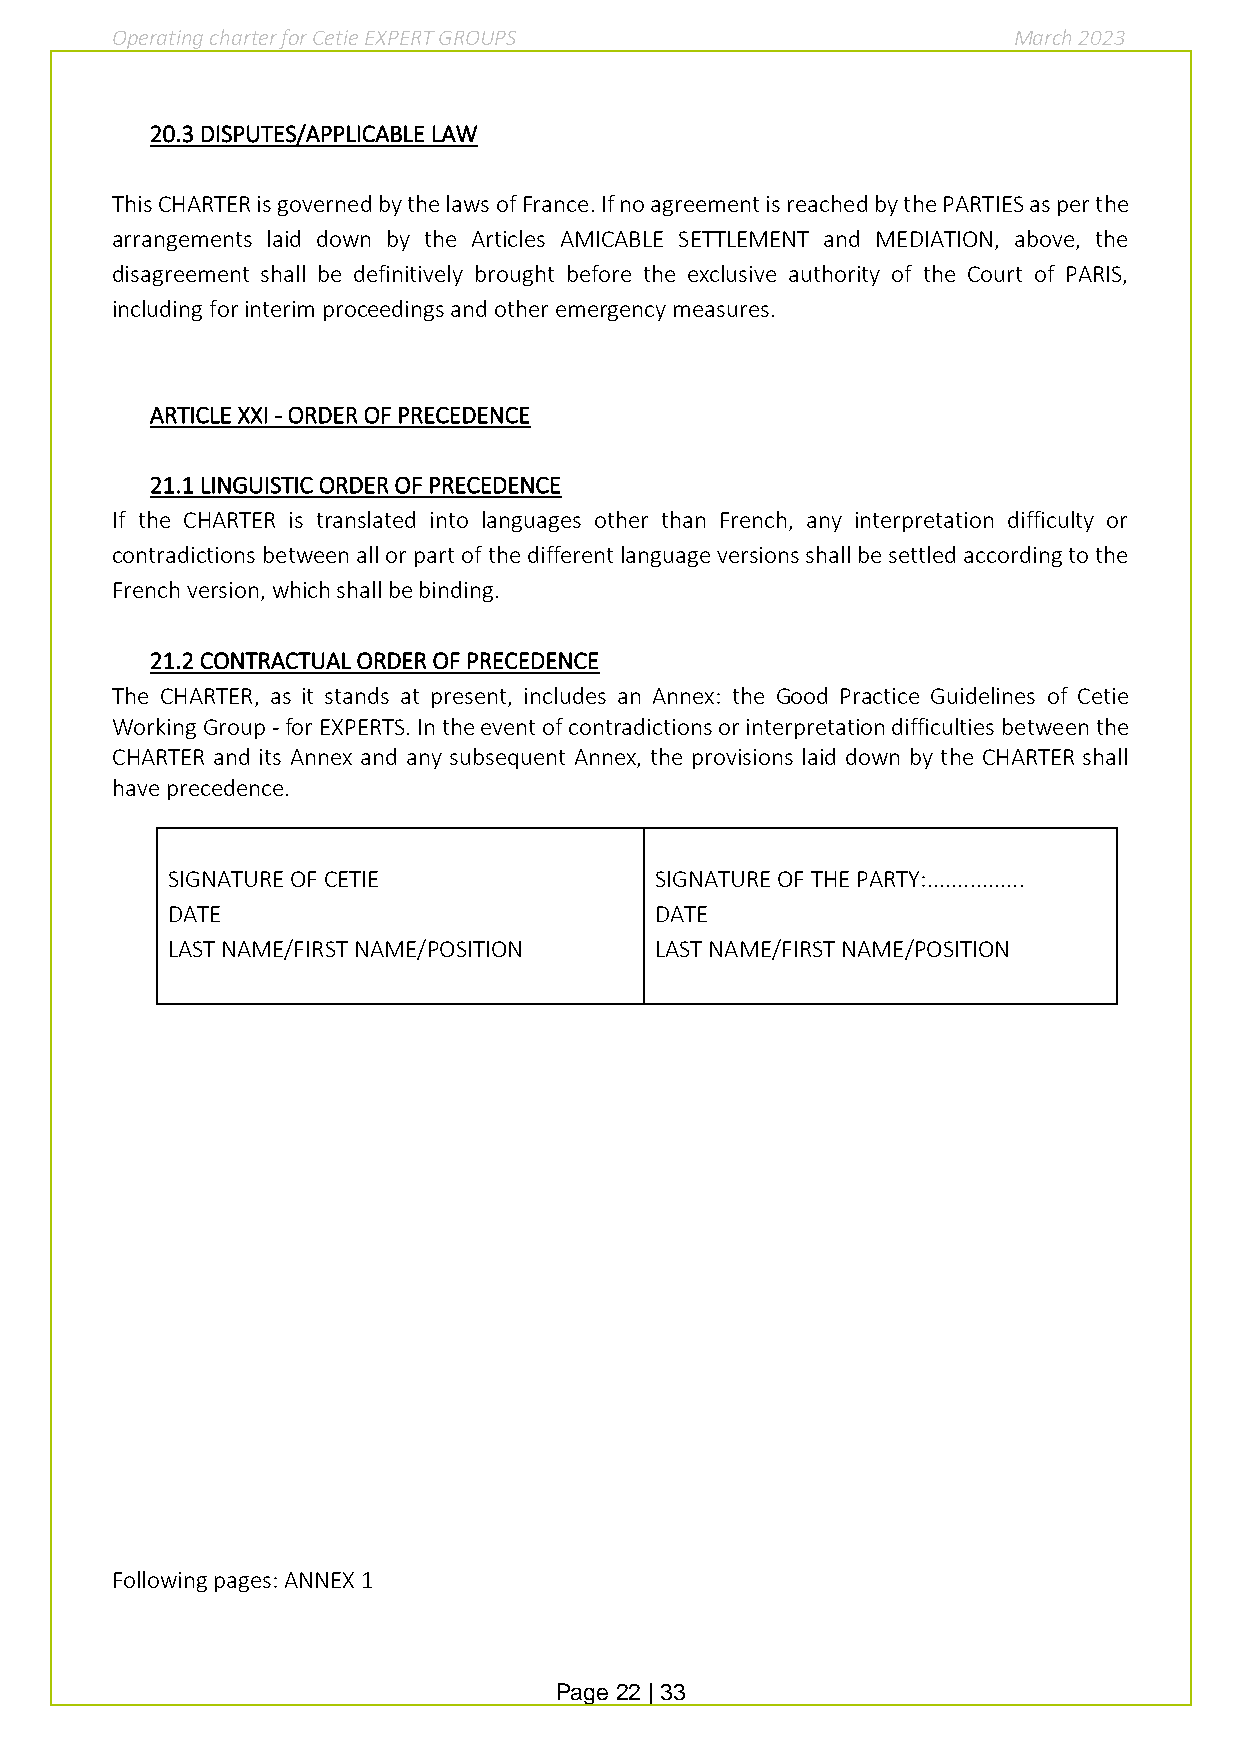
Operating charter for Cetie EXPERT GROUPS                   March 2023
 20.3 DISPUTES/APPLICABLE LAW
 This CHARTER is governed by the laws of France. If no agreement is reached by the PARTIES as per the
 arrangements laid down by the Articles AMICABLE SETTLEMENT and MEDIATION, above, the
 disagreement shall be definitively brought before the exclusive authority of the Court of PARIS,
 including for interim proceedings and other emergency measures.
 ARTICLE XXI - ORDER OF PRECEDENCE
 21.1 LINGUISTIC ORDER OF PRECEDENCE
 If the CHARTER is translated into languages other than French, any interpretation difficulty or
 contradictions between all or part of the different language versions shall be settled according to the
 French version, which shall be binding.
 21.2 CONTRACTUAL ORDER OF PRECEDENCE
 The CHARTER, as it stands at present, includes an Annex: the Good Practice Guidelines of Cetie
 Working Group - for EXPERTS. In the event of contradictions or interpretation difficulties between the
 CHARTER and its Annex and any subsequent Annex, the provisions laid down by the CHARTER shall
 have precedence.
 SIGNATURE OF CETIE              SIGNATURE OF THE PARTY:................
 DATE                            DATE
 LAST NAME/FIRST NAME/POSITION   LAST NAME/FIRST NAME/POSITION
 Following pages: ANNEX 1
 Page 22 | 33